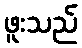
ဖူးသည်